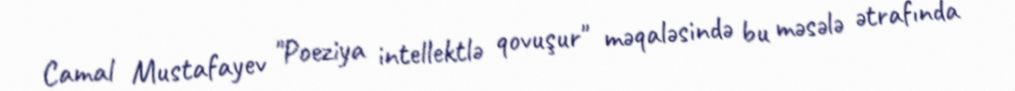
Camal Mustafayev "Poeziya intellektlə qovuşur" məqaləsində bu məsələ ətrafında